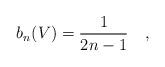
LaTeX: \begin{align*} b_n(V) = \frac{1}{2n-1}\quad,\end{align*}